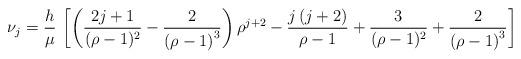
LaTeX: \begin{align*}\nu_j & = \frac{h}{\mu} \, \left[ \left( \frac{2j+1}{(\rho -1)^2}-\frac{2}{\left( \rho -1\right) ^{3}}\right) \rho ^{j+2} - \frac{j\left(j+2\right)}{\rho-1} +\frac{3}{(\rho -1)^2}+\frac{2}{\left( \rho -1\right) ^{3}}\right]\end{align*}